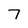
Character: 7